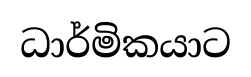
ධාර්මිකයාට